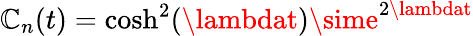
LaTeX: \mathbb{C}_{n}(t)=\cosh^{2}(\lambdat)\sime^{2\lambdat}